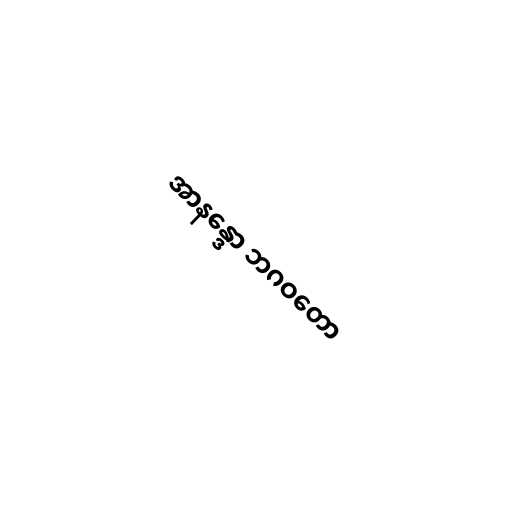
အာနန္ဒော ဘဂဝတော